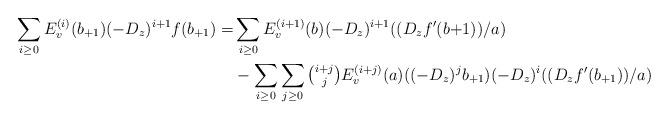
LaTeX: \begin{align*}\begin{aligned}\sum_{i\geq0} E^{(i)}_v(b_{+1}) ({-D_z})^{i+1} f(b_{+1}) =& \sum_{i\geq0} E^{(i+1)}_v(b) ({-D_z})^{i+1}((D_z f'(b{+1}))/a)\\&-\sum_{i\geq0}\sum_{j\geq 0} {\textstyle\binom{i+j}{j}} E^{(i+j)}_v(a) (({-D_z})^j b_{+1})({-D_z})^{i}((D_z f'(b_{+1}))/a) \end{aligned}\end{align*}